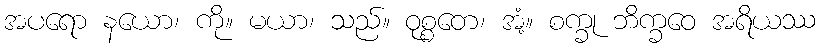
အပရော နယော၊ ကို။ မယာ၊ သည်။ ဝုစ္စတေ၊ အံ့။ စက္ခု ဘိက္ခဝေ အရိယဿ